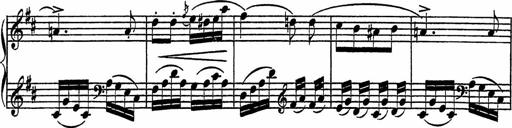
Title: Piano Sonatinas
Composer: Charles Fradel